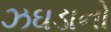
ઝઘડાનો